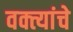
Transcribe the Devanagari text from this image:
वक्त्यांचे